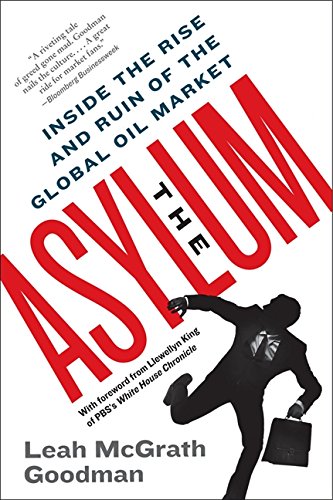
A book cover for The Asylum: Inside the Rise and Ruin of the Global Oil Market; Leah McGrath Goodman; Business & Money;